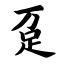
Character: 趸